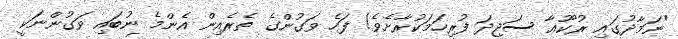
"ނަމާދުގައި ރުކޫޢާ ސަޖިދަ ފުރިހަމަކުރާށެވެ! ފަހެ ވަގުންގެ ތެރެއިން އެންމެ ނުބައި ވަގުންނަކީ